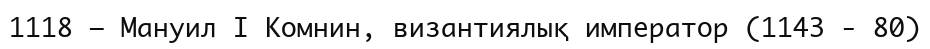
1118 — Мануил I Комнин, византиялық император (1143 - 80)